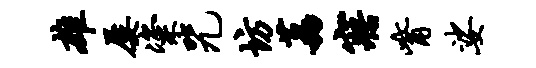
雄屡粢咒坊荔寤觜娑